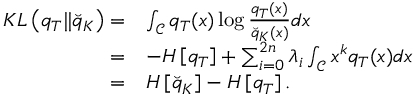
\begin{array} { r l } { K L \left( q _ { T } \| \breve { q } _ { K } \right) = } & { \int _ { \mathcal { \mathcal { C } } } q _ { T } ( x ) \log \frac { q _ { T } ( x ) } { \breve { q } _ { K } ( x ) } d x } \\ { = } & { - H \left[ q _ { T } \right] + \sum _ { i = 0 } ^ { 2 n } \lambda _ { i } \int _ { \mathcal { C } } x ^ { k } q _ { T } ( x ) d x } \\ { = } & { H \left[ \breve { q } _ { K } \right] - H \left[ q _ { T } \right] . } \end{array}